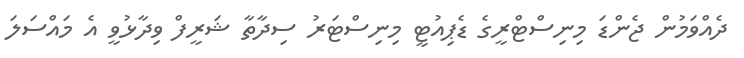
ދެއްވަމުން ޖެންޑަ މިނިސްޓްރީގެ ޑެޕިއުޓީ މިނިސްޓަރު ސިދާތާ ޝަރީފް ވިދާޅުވީ އެ މައްސަލަ